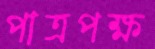
পাত্রপক্ষ